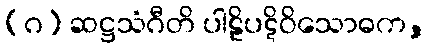
(ဂ) ဆဋ္ဌသံဂီတိ ပါဠိပဋိဝိသောဓက,